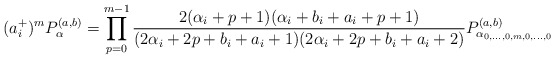
\begin{align*}(a^+_i)^mP^{(a,b)}_{\alpha}=\prod_{p=0}^{m-1}\frac{2(\alpha_i+p+1)(\alpha_i+b_i+a_i+p+1)}{(2\alpha_i+2p+b_i+a_i+1)(2\alpha_i+2p+b_i+a_i+2)}P^{(a,b)}_{\alpha_{0,\dots,0,m,0,\dots,0}}\\\end{align*}